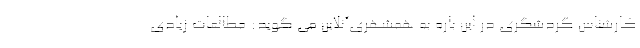
کارشناس گردشگری در این باره به همشهری‌آنلاین می گوید: مطالعات زیادی